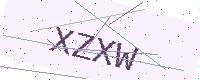
Text: XZXW